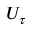
U _ { \tau }